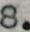
8.